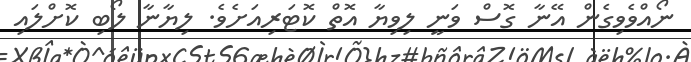
ނޯއްވެވިގެން އޭނާ ގޮސް ވަނީ ލިވިޔާ އޮތް ކޮޓަރިއަށެވެ. ލިޔާނާ ލޯބި ކޮށްލައި